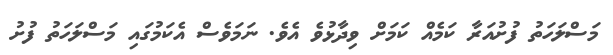
މަސްލަހަތު ފުށުއަރާ ކަމެއް ކަމަށް ވިދާޅުވެ އެވެ. ނަމަވެސް އެކަމުގައި މަސްލަހަތު ފުށު